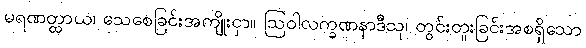
မရဏတ္ထာယ၊ သေစေခြင်းအကျိုးငှာ။ ဩဝါလက္ခဏနာဒီသု၊ တွင်းတူးခြင်းအစရှိသော